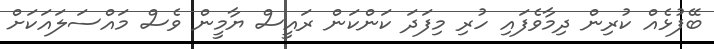
ބޭފުޅެއް ކުރިން ދިމާވެފައި ހުރި މިފަދަ ކަންކަން ރައީސް ޔާމީން ވެސް މައްސަލައަކަށް